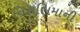
નિરાભિમાની